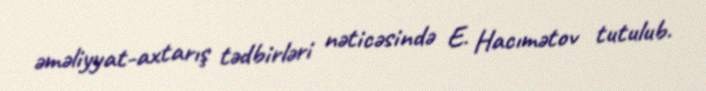
əməliyyat-axtarış tədbirləri nəticəsində E. Hacımətov tutulub.